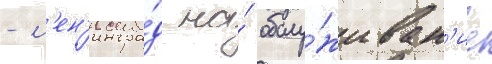
- л'ен'ингра́д на́ обслу́живан'ие